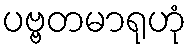
ပဗ္ဗတမာရုဟုံ